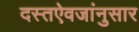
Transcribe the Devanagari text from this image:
दस्तऐवजांनुसार